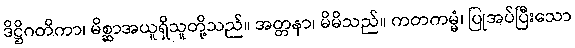
ဒိဋ္ဌိဂတိကာ၊ မိစ္ဆာအယူရှိသူတို့သည်။ အတ္တနာ၊ မိမိသည်။ ကတကမ္မံ၊ ပြုအပ်ပြီးသော